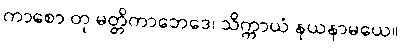
ကာစော တု မတ္တိကာဘေဒေ၊ သိက္ကာယံ နယနာမယေ။